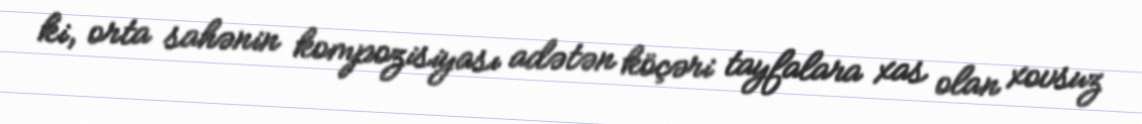
ki, orta sahənin kompozisiyası adətən köçəri tayfalara xas olan xovsuz